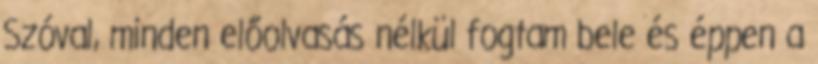
Szóval, minden előolvasás nélkül fogtam bele és éppen a